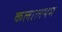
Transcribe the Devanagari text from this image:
कलालयम